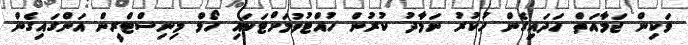
ވަކިން ޖަމާއަތް ހަދައިގެން ހުކުރު ނަމާދު ކުރުން ހުއްޓުވުމަށްޓަކައި ހޯމް މިނިސްޓްރީން އަންގައިގެން